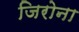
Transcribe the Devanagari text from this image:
जिरोना